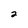
Character: 2